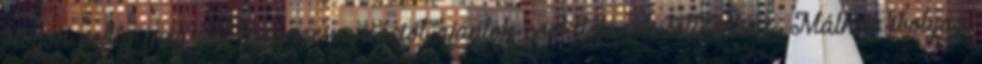
blogon pedig még két mousse-variációt ajánlok csokitojások töltéséhez. Málnás-ibolyás